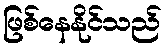
ဖြစ်နေနိုင်သည်